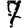
Digit: 7